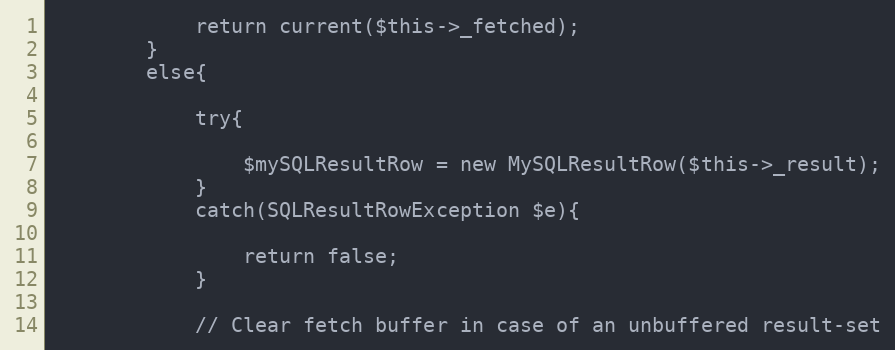
Language: PHP
			return current($this->_fetched);
		}
		else{

			try{

				$mySQLResultRow = new MySQLResultRow($this->_result);
			}
			catch(SQLResultRowException $e){

				return false;
			}

			// Clear fetch buffer in case of an unbuffered result-set